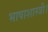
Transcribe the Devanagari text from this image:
भाषाशास्त्री।